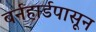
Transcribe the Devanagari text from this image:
बर्नहार्डपासून